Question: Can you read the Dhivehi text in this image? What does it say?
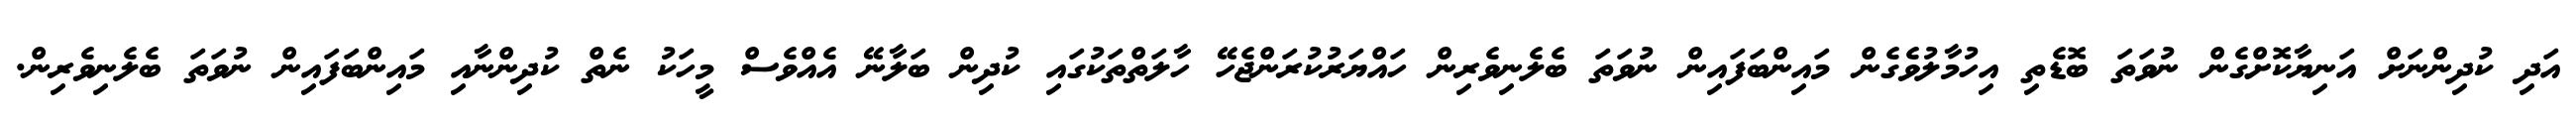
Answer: އަދި ކުދިންނަށް އަނިޔާކޮށްގެން ނުވަތަ ބޮޑެތި އިހުމާލުވެގެން މައިންބަފައިން ނުވަތަ ބެލެނިވެރިން ހައްޔަރުކުރަންޖެހޭ ހާލަތްތަކުގައި ކުދިން ބަލާނޭ އެއްވެސް މީހަކު ނެތް ކުދިންނާއި މައިންބަފައިން ނުވަތަ ބެލެނިވެރިން.